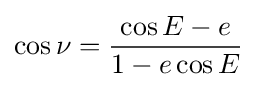
\cos {\nu }={{\cos {E}-e} \over {1-e\cos {E}}}